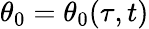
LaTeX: \theta_{0}=\theta_{0}(\tau,t)